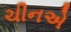
ચીનએ